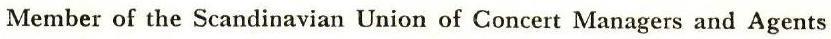
Member of the Scandinavian Union of Concert Managers and Agents